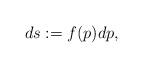
LaTeX: \begin{align*} ds:=f(p)dp, \end{align*}